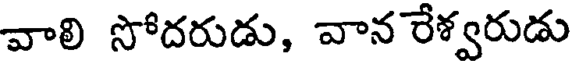
వాలి సోదరుడు, వాన రేశ్వరుడు